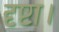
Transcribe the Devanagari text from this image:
दृष्टा।